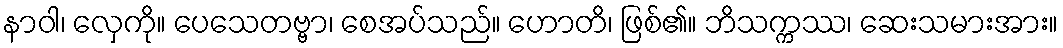
နာဝါ၊ လှေကို။ ပေသေတဗ္ဗာ၊ စေအပ်သည်။ ဟောတိ၊ ဖြစ်၏။ ဘိသက္ကဿ၊ ဆေးသမားအား။